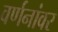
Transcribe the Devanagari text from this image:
वर्णनांवर